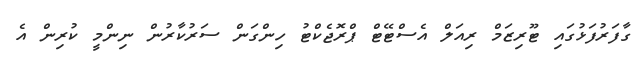
ގާފަރުފަޅުގައި ޓޫރިޒަމް ރިއަލް އެސްޓޭޓް ޕްރޮޖެކްޓު ހިންގަން ސަރުކާރުން ނިންމީ ކުރިން އެ